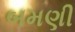
બમણી